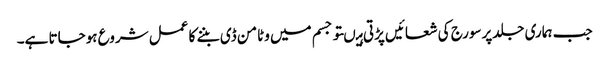
جب ہماری جلدپرسورج کی شعائیں پڑتی ہیںتو جسم میں وٹامن ڈی بننے کا عمل شروع ہوجاتا ہے۔